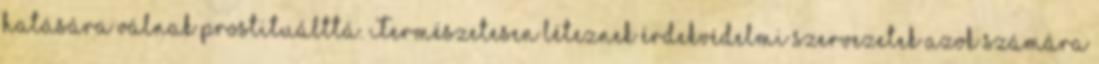
hatására válnak prostituálttá. Természetesen léteznek érdekvédelmi szervezetek azok számára